Insane asylums Bombay 1873-77 - 1873-1877
Year: 1873
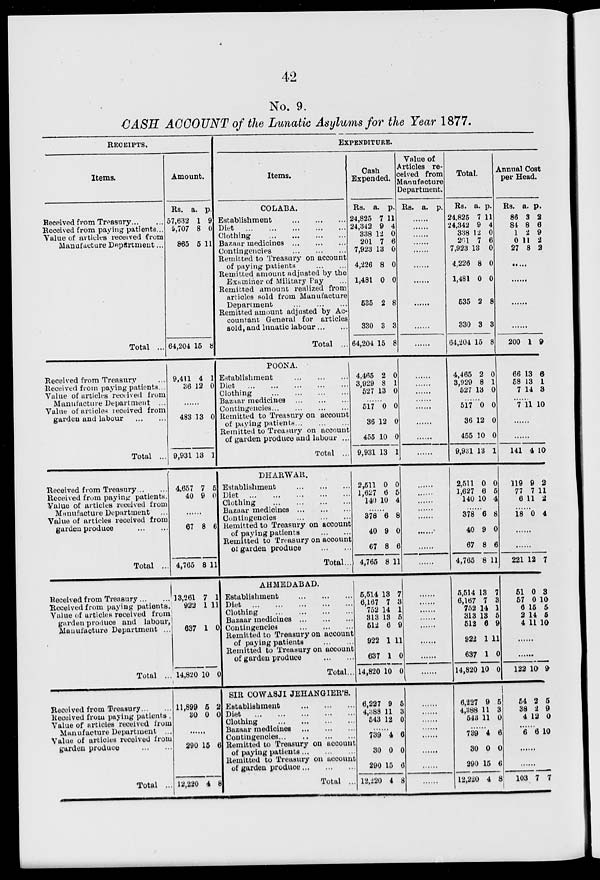
42
No. 9.
CASH ACCOUNT of the Lunatic Asylums for the Year 1877.
RECEIPTS.
Items.
Received from Treasury ... ...
Received from paying patients ...
Value of articles received from
Manufacture Department ...
Total ...
Received from Treasury ...
Received from paying patients...
Value of articles received from
Manufacture Department ...
Value of articles received from
garden and labour
...
...
Total ...
Amount.
Rs.
57,632
5,707
865
a.
1
8
5
p.
9
0
11
64,204
9,411
36
15
4
12
8
1
0
......
483 13 0
9,931
Received from Treasury ... ...
Received from paying patients.
Value of articles received from
Manufacture Department
...
Value of articles received from
garden produce
...
...
Total ...
4,657
40
13
7
9
1
5
0
......
67
4,765
Received from Treasury ... ...
Received from paying patients.
Value of articles received from
garden produce and labour,
Manufacture Department ...
Total ...
Received from Treasury ... ...
Received from paying patients .
Value of articles received from
Manufacture Department ...
Value of articles received from
garden produce
...
...
Total ...
13,261
922
637
8
8
7
1
1
6
11
1
11
0
14,820
11,899
30
10
5
0
0
2
0
290 15 6
12,220 4 8
EXPENDITURE.
Items.
COLABA.
Establishment
...
...
...
Diet
...
...
...
...
...
Clothing
...
...
...
...
Bazaar medicines
...
...
...
Contingencies
...
...
...
Remitted to Treasury on account
of paying patients
...
...
Remitted amount adjusted by the
Examiner of Military Pay ...
Remitted amount realized from
articles sold from Manufacture
Department
...
...
...
Remitted amount adjusted by Ac-
countant General for articles
sold, and lunatic labour ... ...
Total ...
POONA.
Establishment
...
...
...
Diet
...
...
...
...
...
Clothing
...
...
...
...
Bazaar medicines
...
...
...
Contingencies
...
...
...
...
Remitted to Treasury on account
of paying patients ... ... ...
Remitted to Treasury on account
of garden produce and labour ...
Total ...
DHARWAR.
Establishment
...
...
...
Diet
...
...
...
...
...
Clothing
...
...
...
...
Bazaar medicines
...
...
...
Contingencies
...
...
...
Remitted to Treasury on account
of paying patients
...
...
Remitted to Treasury on account
of garden produce
...
...
Total ...
AHMEDABAD.
Establishment
...
...
...
Diet
...
...
...
...
...
Clothing
...
...
...
...
Bazaar medicines
...
...
...
Contingencies
...
...
Remitted to Treasury on account
of paying patients
...
...
Remitted to Treasury on account
of garden produce
...
...
Total ...
SIR COWASJI JEHANGIER'S.
Establishment
...
...
...
Diet
...
...
...
...
...
Clothing
...
...
...
...
Bazaar medicines
...
...
...
Contingencies
...
...
...
...
Remitted to Treasury on account
of paying patients
...
...
...
Remitted to Treasury on account
of garden produce
...
...
...
Total ...
Cash
Expended.
Rs.
24,825
24,342
338
201
7,923
4,226
1,481
535
330
64,204
4,465
3,929
527
a.
7
9
12
7
13
8
0
2
3
15
2
8
13
p.
11
4
0
6
0
0
0
8
3
8
0
1
0
......
517
36
455
9,931
2,511
1,627
140
0
12
10
13
0
6
10
0
0
0
1
0
5
4
......
378
40
67
4,765
5,514
6,167
752
313
512
922
637
14,820
6,227
4,388
543
6
9
8
8
13
7
14
13
6
1
1
10
9
11
12
8
0
6
11
7
3
1
5
9
11
0
0
5
3
0
......
739
30
290
12,220
4
0
15
4
6
0
6
8
Value of
Articles re-
ceived from
Manufacture
Department.
Rs. a. p.
......
......
......
......
......
......
......
......
......
......
......
......
......
......
......
......
......
......
......
......
......
......
......
......
......
......
......
......
......
......
......
......
......
......
......
......
......
......
......
......
......
......
Total.
Rs.
24,825
24,342
338
261
7,923
4,226
1,481
535
330
64,204
4,465
3,929
527
a.
7
9
12
7
13
8
0
2
3
15
2
8
13
p.
11
4
0
6
0
0
0
8
3
8
0
1
0
......
517
36
455
9,931
2,511
1,627
140
0
12
10
13
0
6
10
0
0
0
1
0
5
4
......
378
40
67
4,765
5,514
6,167
752
313
512
922
637
14,820
6,227
4,388
543
6
9
8
8
13
7
14
13
6
8
0
6
11
7
3
1
5
9
1 11
1
10
9
11
11
0
0
5
3
0
......
739
30
290
12,220
4
0
15
4
6
0
6
8
Annual Cost
per Head.
Rs.
86
84
1
0
27
a.
3
8
2
11
8
p.
2
6
9
2
2
.....
......
......
......
200
66
58
7
1
13
13
14
9
6
1
3
......
7 11 10
......
......
141
119
77
6
4
9
7
11
10
2
11
2
......
18 0 4
......
......
221
51
57
6
2
4
12
0
0
15
14
11
7
3
10
5
5
10
......
......
122
54
38
4
10
2
2
12
9
5
9
0
......
6 6 10
......
......
103 7 7